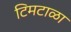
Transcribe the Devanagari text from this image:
टिमटाळा